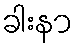
ခါးနာ